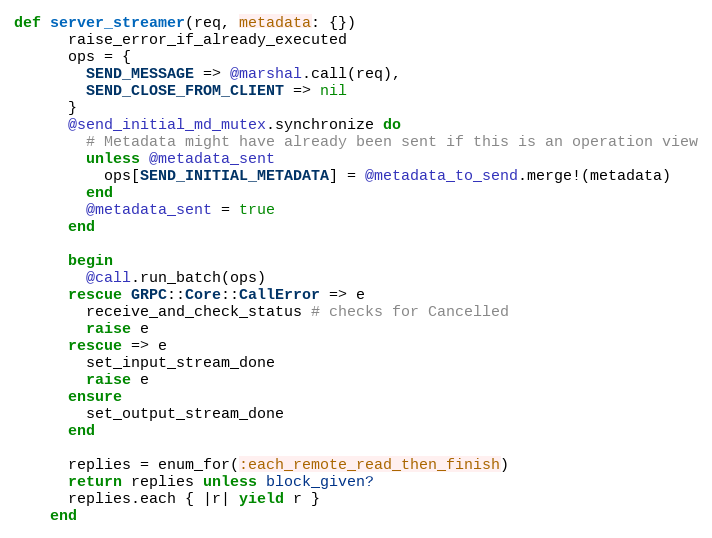
Language: Ruby
def server_streamer(req, metadata: {})
      raise_error_if_already_executed
      ops = {
        SEND_MESSAGE => @marshal.call(req),
        SEND_CLOSE_FROM_CLIENT => nil
      }
      @send_initial_md_mutex.synchronize do
        # Metadata might have already been sent if this is an operation view
        unless @metadata_sent
          ops[SEND_INITIAL_METADATA] = @metadata_to_send.merge!(metadata)
        end
        @metadata_sent = true
      end

      begin
        @call.run_batch(ops)
      rescue GRPC::Core::CallError => e
        receive_and_check_status # checks for Cancelled
        raise e
      rescue => e
        set_input_stream_done
        raise e
      ensure
        set_output_stream_done
      end

      replies = enum_for(:each_remote_read_then_finish)
      return replies unless block_given?
      replies.each { |r| yield r }
    end